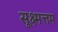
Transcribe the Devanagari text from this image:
सूक्ष्मत्तम